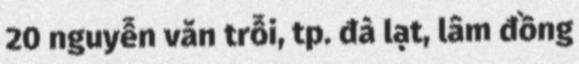
20 nguyễn văn trỗi, tp. đà lạt, lâm đồng